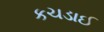
કચડાઈ